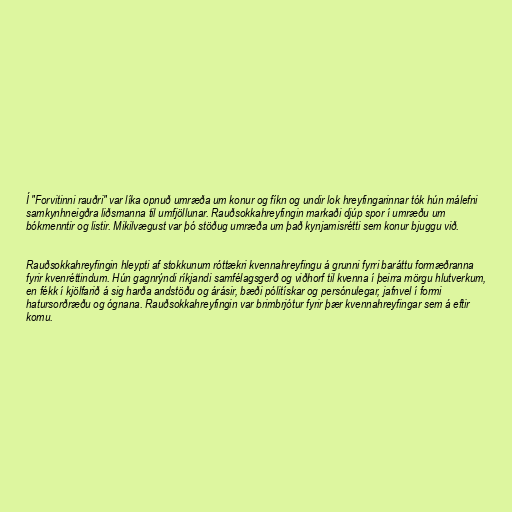
Í "Forvitinni rauðri" var líka opnuð umræða um konur og fíkn og undir lok hreyfingarinnar tók hún málefni
samkynhneigðra liðsmanna til umfjöllunar. Rauðsokkahreyfingin markaði djúp spor í umræðu um
bókmenntir og listir. Mikilvægust var þó stöðug umræða um það kynjamisrétti sem konur bjuggu við.

Rauðsokkahreyfingin hleypti af stokkunum róttækri kvennahreyfingu á grunni fyrri baráttu formæðranna
fyrir kvenréttindum. Hún gagnrýndi ríkjandi samfélagsgerð og viðhorf til kvenna í þeirra mörgu hlutverkum,
en fékk í kjölfarið á sig harða andstöðu og árásir, bæði pólitískar og persónulegar, jafnvel í formi
hatursorðræðu og ógnana. Rauðsokkahreyfingin var brimbrjótur fyrir þær kvennahreyfingar sem á eftir
komu.